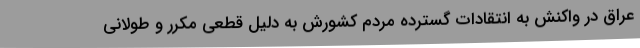
عراق در واکنش به انتقادات گسترده مردم کشورش به دلیل قطعی مکرر و طولانی